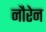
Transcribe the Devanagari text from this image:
नौरेन